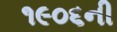
૧૯૦૬ની